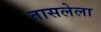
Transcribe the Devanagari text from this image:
तासलेला